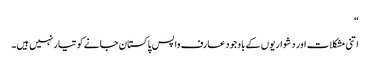
“
اتنی مشکلات اور دشواریوں کے باوجود عارف واپس پاکستان جانے کو تیار نہیں ہیں۔